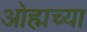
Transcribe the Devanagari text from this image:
ओह्मच्या